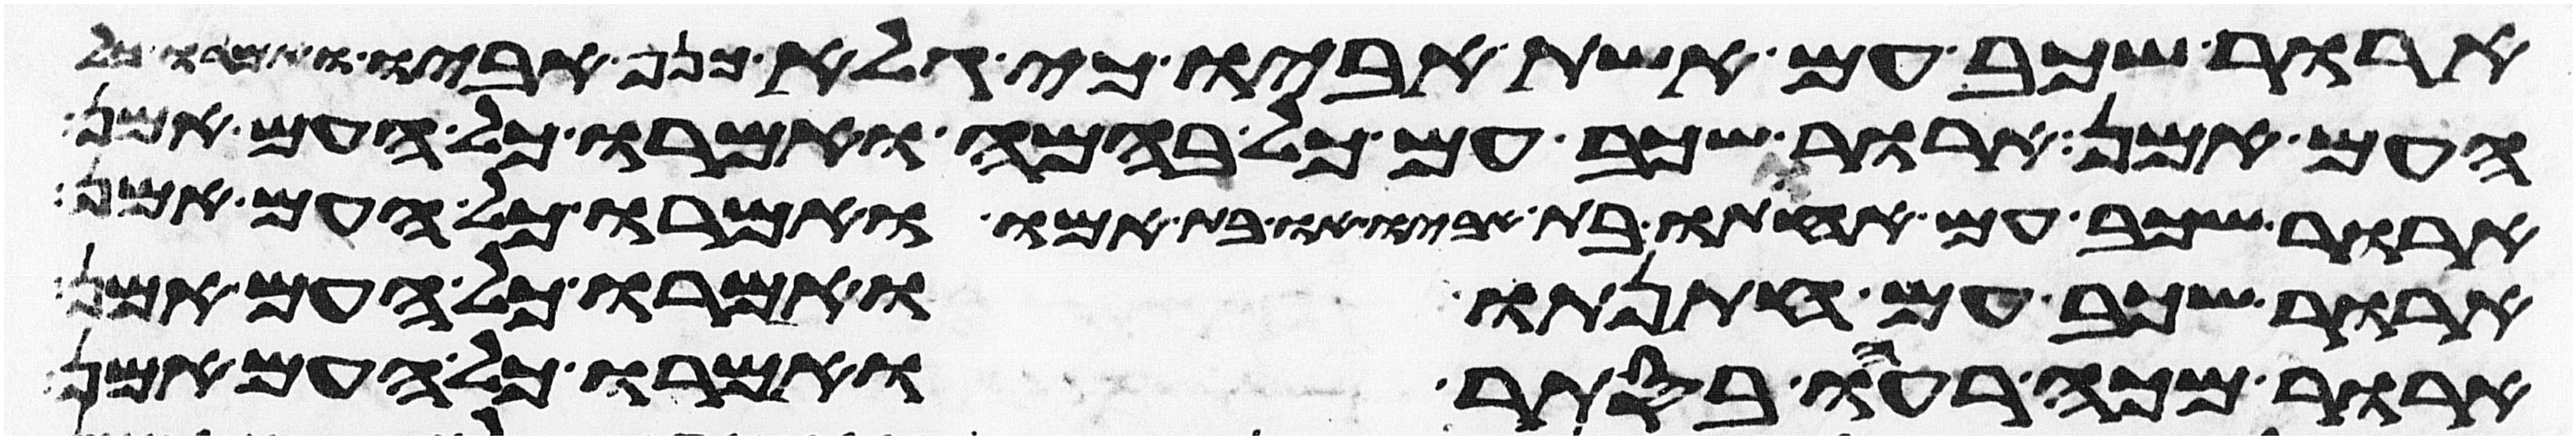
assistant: ארור שכב עם אשת אביו כי גלה כנף אביו ואמרו כל
העם אמן ארור שכב עם כל בהמה ואמרו כל העם אמן
ארור שכב עם אחותו בת אביו או בת אמו ואמרו כל העם אמן
ארור שכב עם חתנתו ואמרו כל העם אמן
ארור מכה רעהו בסתר ואמרו כל העם אמן